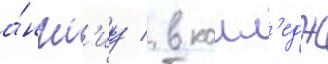
а́нгл'иу / в колл'едж